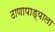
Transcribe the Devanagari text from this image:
ठाणापाड्याला